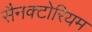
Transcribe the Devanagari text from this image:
सैनक्टोरियम